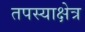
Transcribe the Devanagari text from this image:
तपस्याक्षेत्र